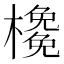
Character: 𣝊